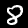
Label: 8